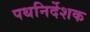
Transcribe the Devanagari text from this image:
पथनिर्देशक